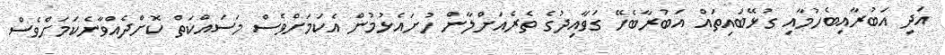
އަދި އަބުރާއިބެހުމާއި ގުޅޭބައިތައް އަބުރާބެހޭ ގަވާއިދުގެ ތެރެއަށްލާން ހުށައެޅުމުން އެކަމަށްވެސް މަސައްކަތް ކޮށްދެއްވާނެކަމަށްވެސް